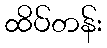
ထိပ်တန်း